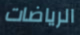
الرياضات